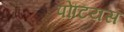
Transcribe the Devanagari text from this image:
पोंटियस